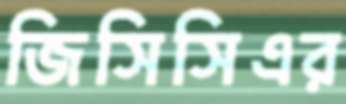
জিসিসিএর